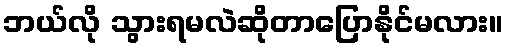
ဘယ်လို သွားရမလဲဆိုတာပြောနိုင်မလား။